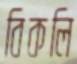
বিকলি